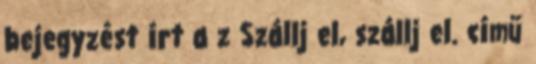
bejegyzést írt a z Szállj el, szállj el. című